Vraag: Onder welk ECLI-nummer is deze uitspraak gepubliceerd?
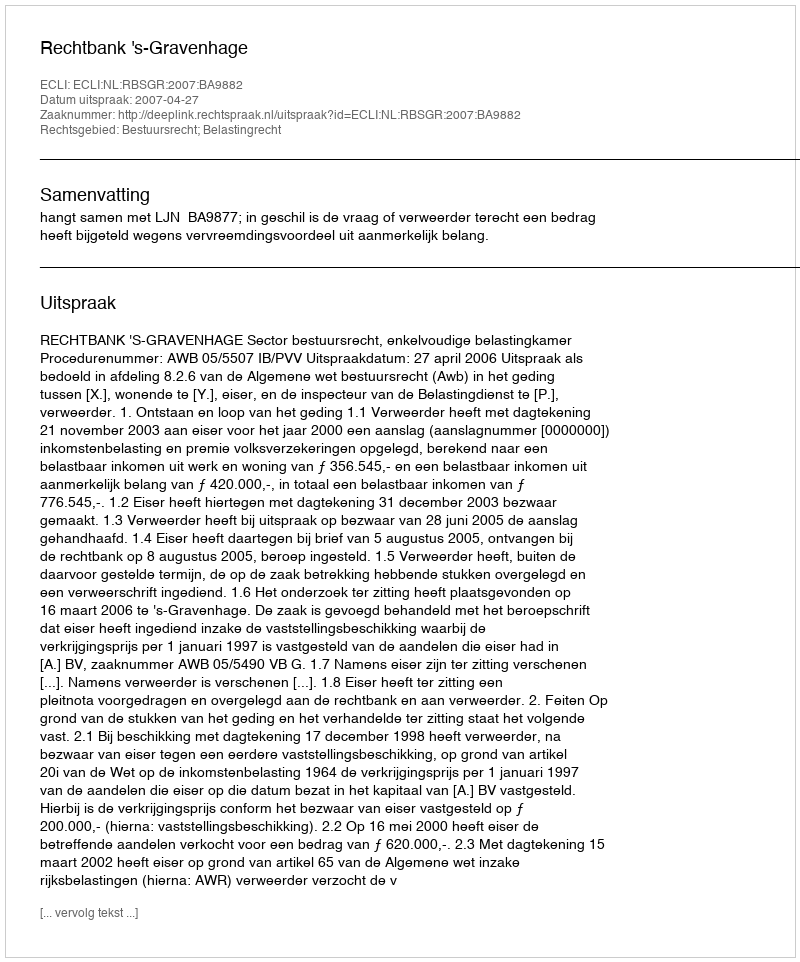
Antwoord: ECLI:NL:RBSGR:2007:BA9882